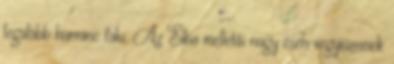
legalább harminc falu. Az Elba melletti nagy cseh vegyiüzemek